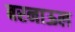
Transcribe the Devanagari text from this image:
बरनाऊल